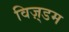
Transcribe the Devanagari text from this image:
विज़्डम